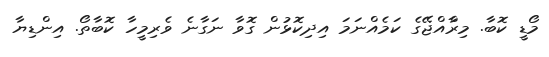
މޯޑީ ކޮބާ. މިރާްއްޖޭގެ ކަމެއްނަމަ އިދިކޮޅުން ގޮވާ ނަގާނެ ވެރިމީހާ ކޮބާތޯ. އިންޑިޔާ